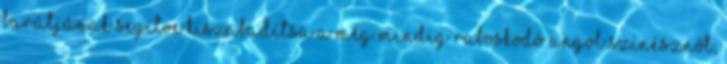
barátjának segítve kiszabadítsa a még mindig raboskodó angol színésznőt,